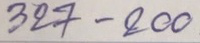
327 - 200